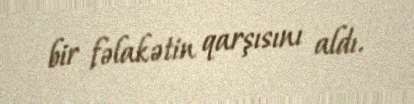
bir fəlakətin qarşısını aldı.